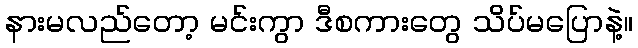
နားမလည်တော့ မင်းကွာ ဒီစကားတွေ သိပ်မပြောနဲ့။